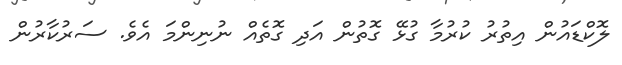
ލޮކްޑައުން އިތުރު ކުރުމާ ގުޅޭ ގޮތުން އަދި ގޮތެއް ނުނިންމަ އެވެ. ސަރުކާރުން